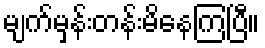
မျက်မှန်းတန်းမိနေကြပြီ။